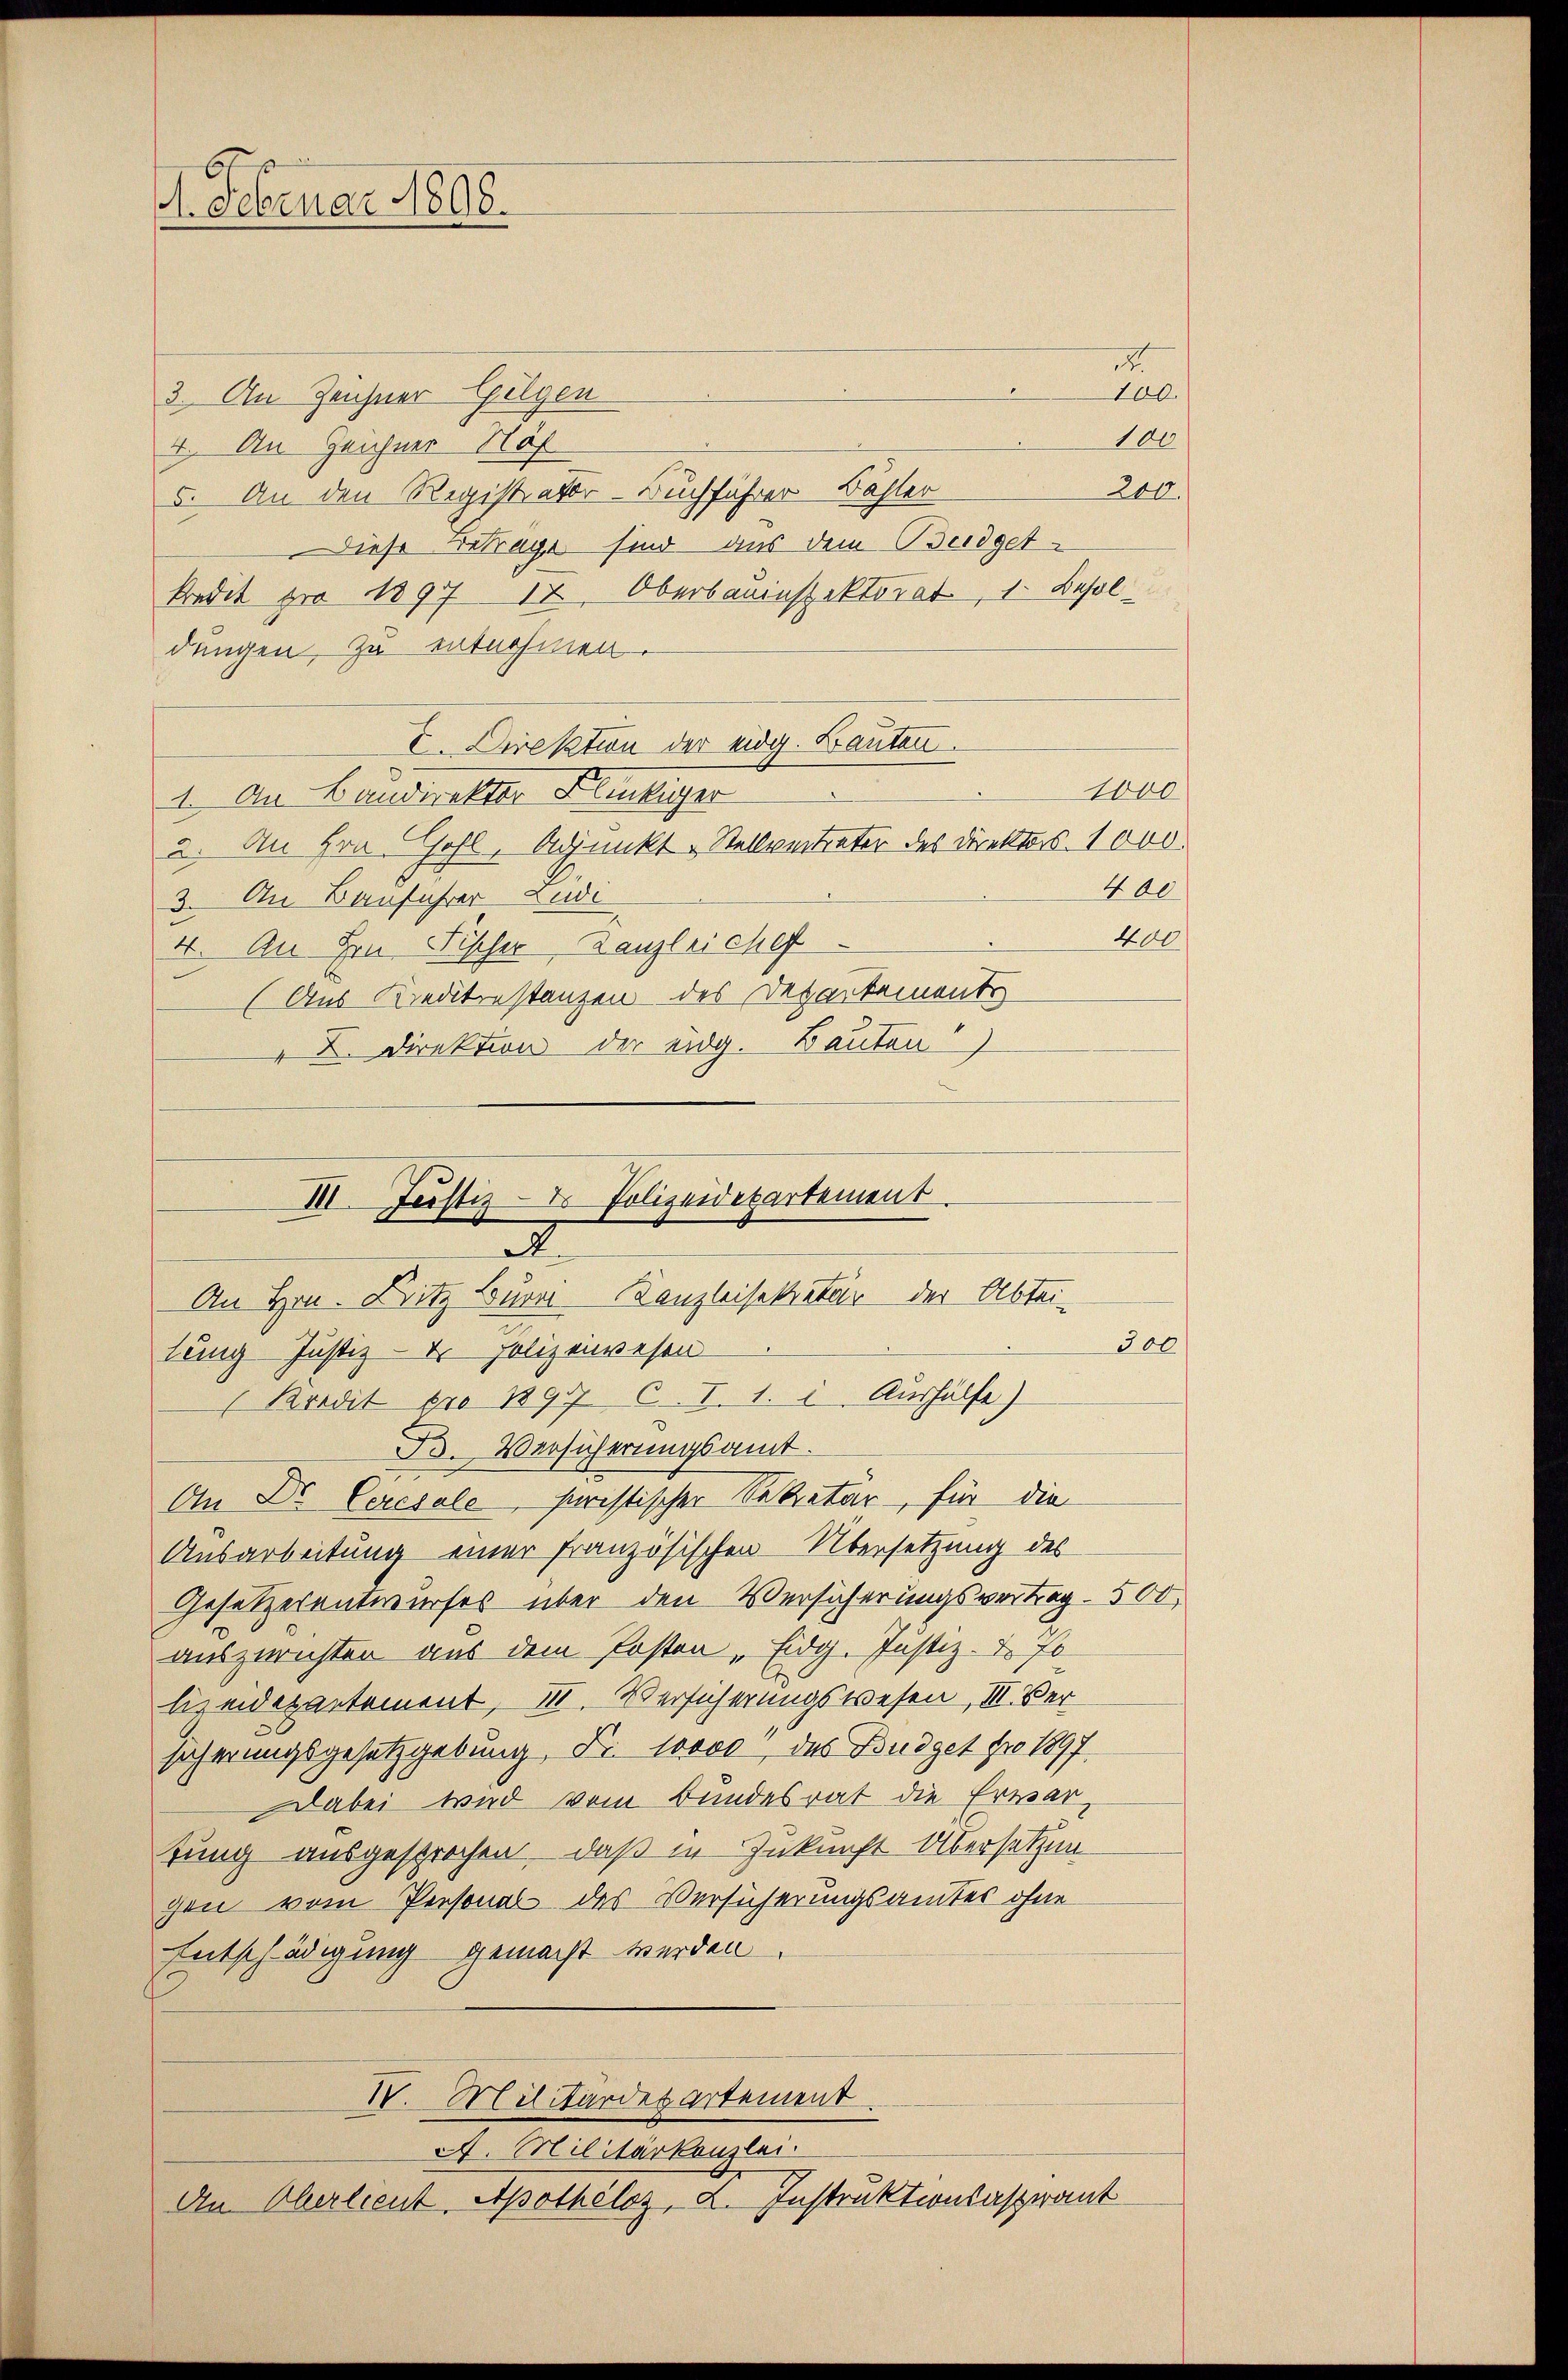
1. Februar 1898.

100.
3. An Zeichner Gilgen
100
4. An Zeichner Näh
200.
5. An den Registrator-Buchführer Bähler
Diese Betrage sind aus dem Budgetkredit pro 1897 12. Oberbauinspektorat, 1. Besol
dungen, zu entnehmen.
E. Direktion der eidg. Bauten.
1000
1. An Baudirekter Flückiger
a. An Hrn. Hohl, Adjunkt - Stellvertreter des Direktors. 1000
400
3. An Bauführer Lude
400
4. An Hrn. Fischer Kanzleichef
(Aus Kreditinstanzen des Departements
X. Direktion der eidg. Bauten)

300
lung Justiz- & Polizeiwesen
(Bredit pro 1897 C.. I. 1. 1. Aushülfe)
B. Versicherungsamt.
An Dr. Ceresale, Juristischer Sekretär für die
Ausarbeitung einer französischen Übersetzung des
Gesetzesentwurfes über den Versicherungsvertrag 500
auszurichten aus dem Posten Eidg. Justiz- & Po
lizeidepartement, III. Versicherungswesen III. Versicherungsgesetzgebung, Fr. Soooo das Budget pro 1897.
Dabei wird vom Bundesrat die Erwartung ausgesprochen, daß in Zukunft Übersetzun
gen vom Personal des Versicherungsamtes ohne
Entschädigung gemacht werden.
IV. Militärdesartement.
A. Militärkanzlei.
An Oberlieut. Apothelos, K. Instruktionsaspirant

III. Justiz- & Polizeidepartement
e
An Hrn. Dritz Buri Kanzleisekretär der Abtei-

.